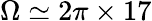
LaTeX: \Omega\simeq 2\pi\times 17